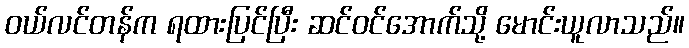
ဝယ်လင်တန်က ရထားပြင်ပြီး ဆင်ဝင်အောက်သို့ မောင်းယူလာသည်။